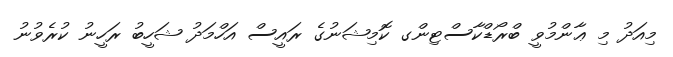
މިއަދު މި ޢާންމުވީ ބްރޯޑްކާސްޓިންގ ކޮމިޝަނުގެ ރައީސް އަހްމަދު ޝަހީބު ރަހީނު ކުރެވުނު